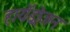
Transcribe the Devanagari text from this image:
हायॅड्रोजन